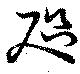
咫